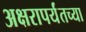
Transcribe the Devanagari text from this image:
अक्षरापर्यंतच्या